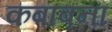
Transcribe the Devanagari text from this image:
कबाबना